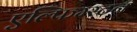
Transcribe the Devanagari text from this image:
एल्फिम्स्टन